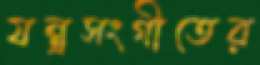
যন্ত্রসংগীতের